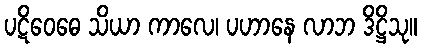
ပဋိဝေဓေ သိယာ ကာလေ၊ ပဟာနေ လာဘ ဒိဋ္ဌိသု။